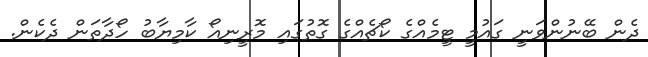
ދެން ބޭނުންވަނީ ގައުމީ ޓީމެއްގެ ކޯޗެއްގެ ގޮތުގައި މޮރީނިއޯ ކާމިޔާބު ހޯދާތަން ދެކެން.